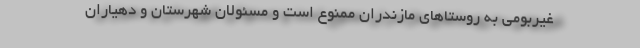
غیربومی به روستاهای مازندران ممنوع است و مسئولان شهرستان و دهیاران